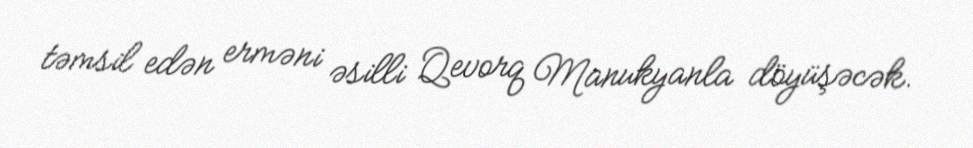
təmsil edən erməni əsilli Qevorq Manukyanla döyüşəcək.